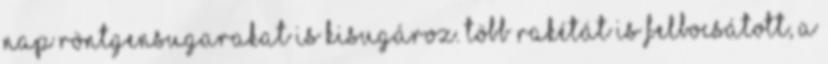
Nap röntgensugarakat is kisugároz. Több rakétát is felbocsátott, a